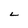
Character: L